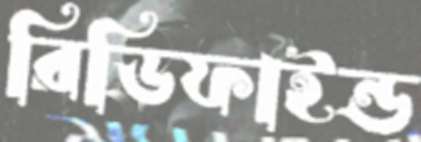
রিডিফাইন্ড